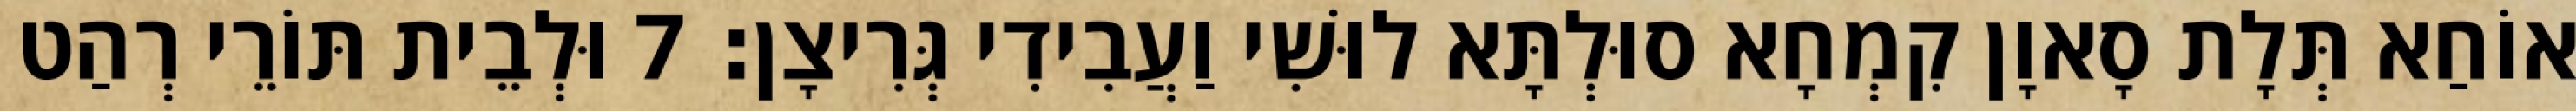
אוֹחַא תְּלָת סָאוָן קִמְחָא סוּלְתָּא לוּשִׁי וַעֲבִידִי גְּרִיצָן׃ 7 וּלְבֵית תּוֹרֵי רְהַט